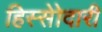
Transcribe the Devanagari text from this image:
हिस्सेोदारी